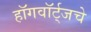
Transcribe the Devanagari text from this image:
हॉगवॉर्ट्‌जचे